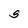
Character: S